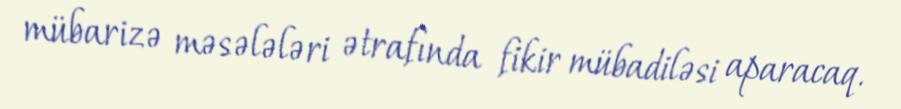
mübarizə məsələləri ətrafında fikir mübadiləsi aparacaq.